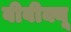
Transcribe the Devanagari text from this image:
बीबीक्यू